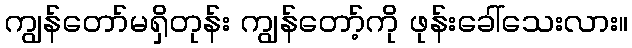
ကျွန်တော်မရှိတုန်း ကျွန်တော့်ကို ဖုန်းခေါ်သေးလား။